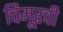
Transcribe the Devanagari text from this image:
चिमूरची